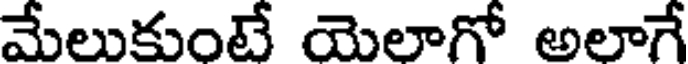
మేలుకుంటే యెలాగో అలాగే